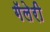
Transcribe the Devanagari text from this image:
गॅलेरी